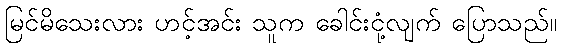
မြင်မိသေးလား ဟင့်အင်း သူက ခေါင်းငုံ့လျက် ပြောသည်။